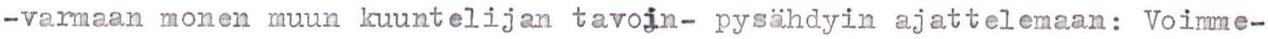
-varmaan monen muun kuuntelijan tavoin- pysähdyin ajattelemaan: Voimme-